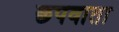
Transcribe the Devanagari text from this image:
छपवाता